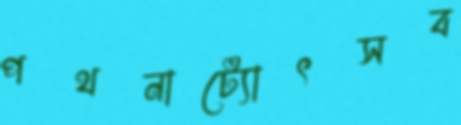
পথনাট্যোৎসব